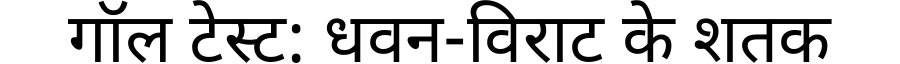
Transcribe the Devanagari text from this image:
गॉल टेस्ट: धवन-विराट के शतक